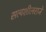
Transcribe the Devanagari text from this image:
सत्यशीलराजे